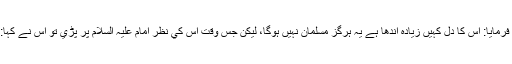
تو امام عليہ السلام نے فرمايا: اس كا دل كہيں زيادہ اندھا ہے يہ ہرگز مسلمان نہيں ہوگا، ليكن جس وقت اس كي نظر امام عليہ السلام پر پڑي تو اس نے كہا: اے ميرے مولا و آقا!